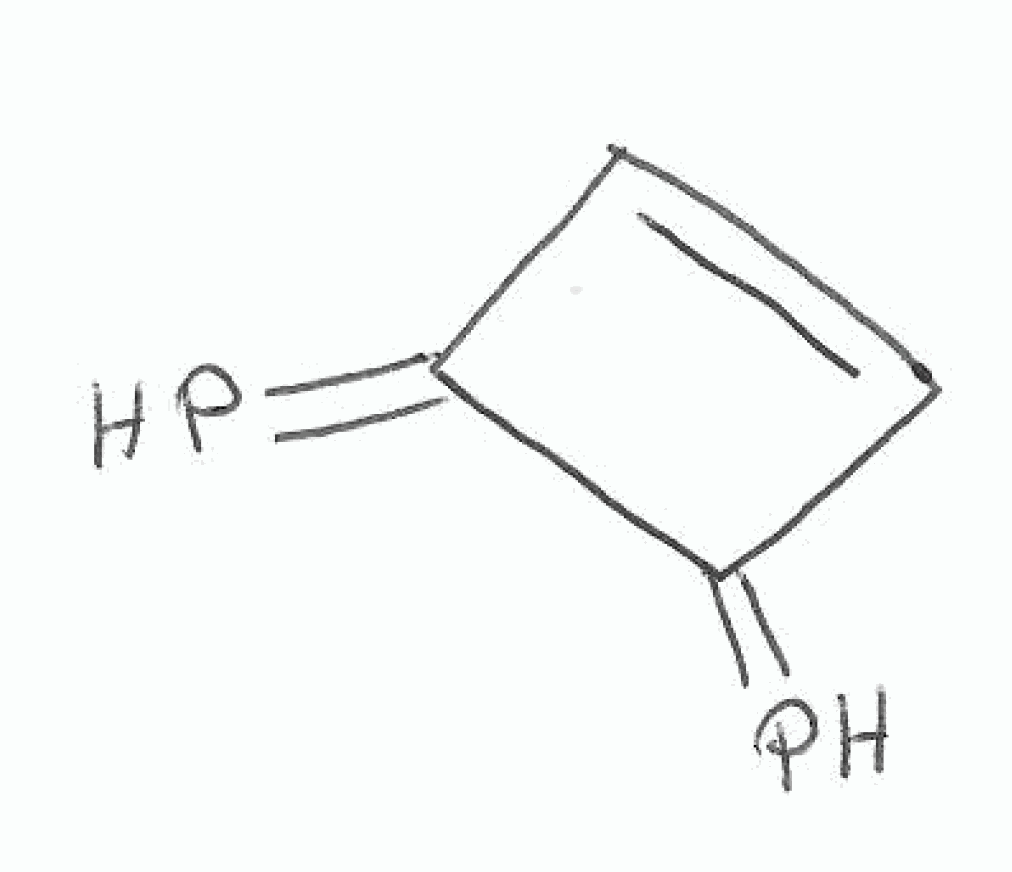
Simplified molecular-input line-entry system (SMILES) notation of the given molecule:
C1=CC(=P)C1=P